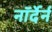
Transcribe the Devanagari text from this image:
नॉर्देर्न